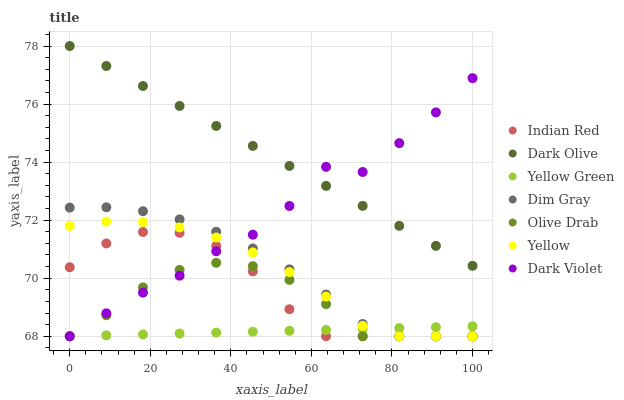
| xaxis_label | Indian Red | Dark Olive | Yellow Green | Dim Gray | Olive Drab | Yellow | Dark Violet |
 | --- | --- | --- | --- | --- | --- | --- | --- |
 | 0 | 70.4 | 78 | 68 | 72.4 | 68 | 71.8 | 68 |
 | 9.09 | 71.2 | 77.3 | 68 | 72.4 | 68.7 | 72 | 68.8 |
 | 18.2 | 71.6 | 76.6 | 68.1 | 72.3 | 69.7 | 71.9 | 69.5 |
 | 27.3 | 71.6 | 75.9 | 68.1 | 72 | 70.3 | 71.8 | 70.1 |
 | 36.4 | 71.1 | 75.2 | 68.1 | 71.6 | 70.5 | 71.4 | 70.9 |
 | 45.5 | 70.2 | 74.6 | 68.2 | 71 | 70.4 | 70.9 | 71.5 |
 | 54.5 | 68.9 | 73.9 | 68.2 | 70.3 | 69.9 | 70.2 | 72.5 |
 | 63.6 | 68 | 73.2 | 68.2 | 69.4 | 69.1 | 69.4 | 73.8 |
 | 72.7 | 68 | 72.5 | 68.3 | 68.4 | 68 | 68.4 | 73.7 |
 | 81.8 | 68 | 71.8 | 68.3 | 68 | 68 | 68 | 74.7 |
 | 90.9 | 68 | 71.1 | 68.3 | 68 | 68 | 68 | 75.7 |
 | 100 | 68 | 70.4 | 68.3 | 68 | 68 | 68 | 76.9 |